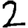
Digit: 2